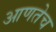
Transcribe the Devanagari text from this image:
आणतेच